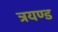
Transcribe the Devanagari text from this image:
त्रयण्ड